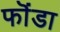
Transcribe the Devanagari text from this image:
फॊंडा